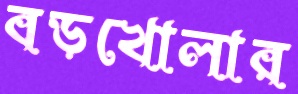
বড়খোলার